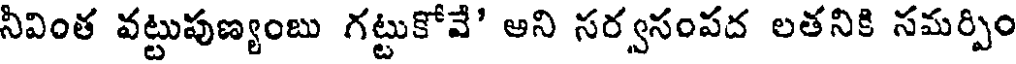
నీవింత వట్టుపుణ్యంబు గట్టుకోవే' ఆని సర్వసంపద లతనికి సమర్పిం